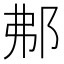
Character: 𨚓